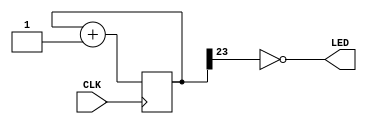
// Muthanna Alwahash
// October 2023
// ICESugar Nano

module blink(  input CLK,
                output LED
                );
      
   reg [25:0] counter;

   assign LED = ~counter[23];

   initial begin
      counter = 0;
   end

   always @(posedge CLK)
	   begin
	      counter <= counter + 1;
	   end
endmodule